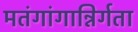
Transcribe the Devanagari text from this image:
मतंगांगान्निर्गता